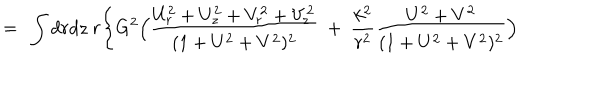
LaTeX: = \ \int d r d z \ r \Biggl \{ G ^ { 2 } \Bigl ( { \frac { U _ { r } ^ { 2 } + U _ { z } ^ { 2 } + V _ { r } ^ { 2 } + V _ { z } ^ { 2 } } { ( 1 + U ^ { 2 } + V ^ { 2 } ) ^ { 2 } } } \ + \ \frac { k ^ { 2 } } { r ^ { 2 } } { \frac { U ^ { 2 } + V ^ { 2 } } { ( 1 + U ^ { 2 } + V ^ { 2 } ) ^ { 2 } } } \Bigr )